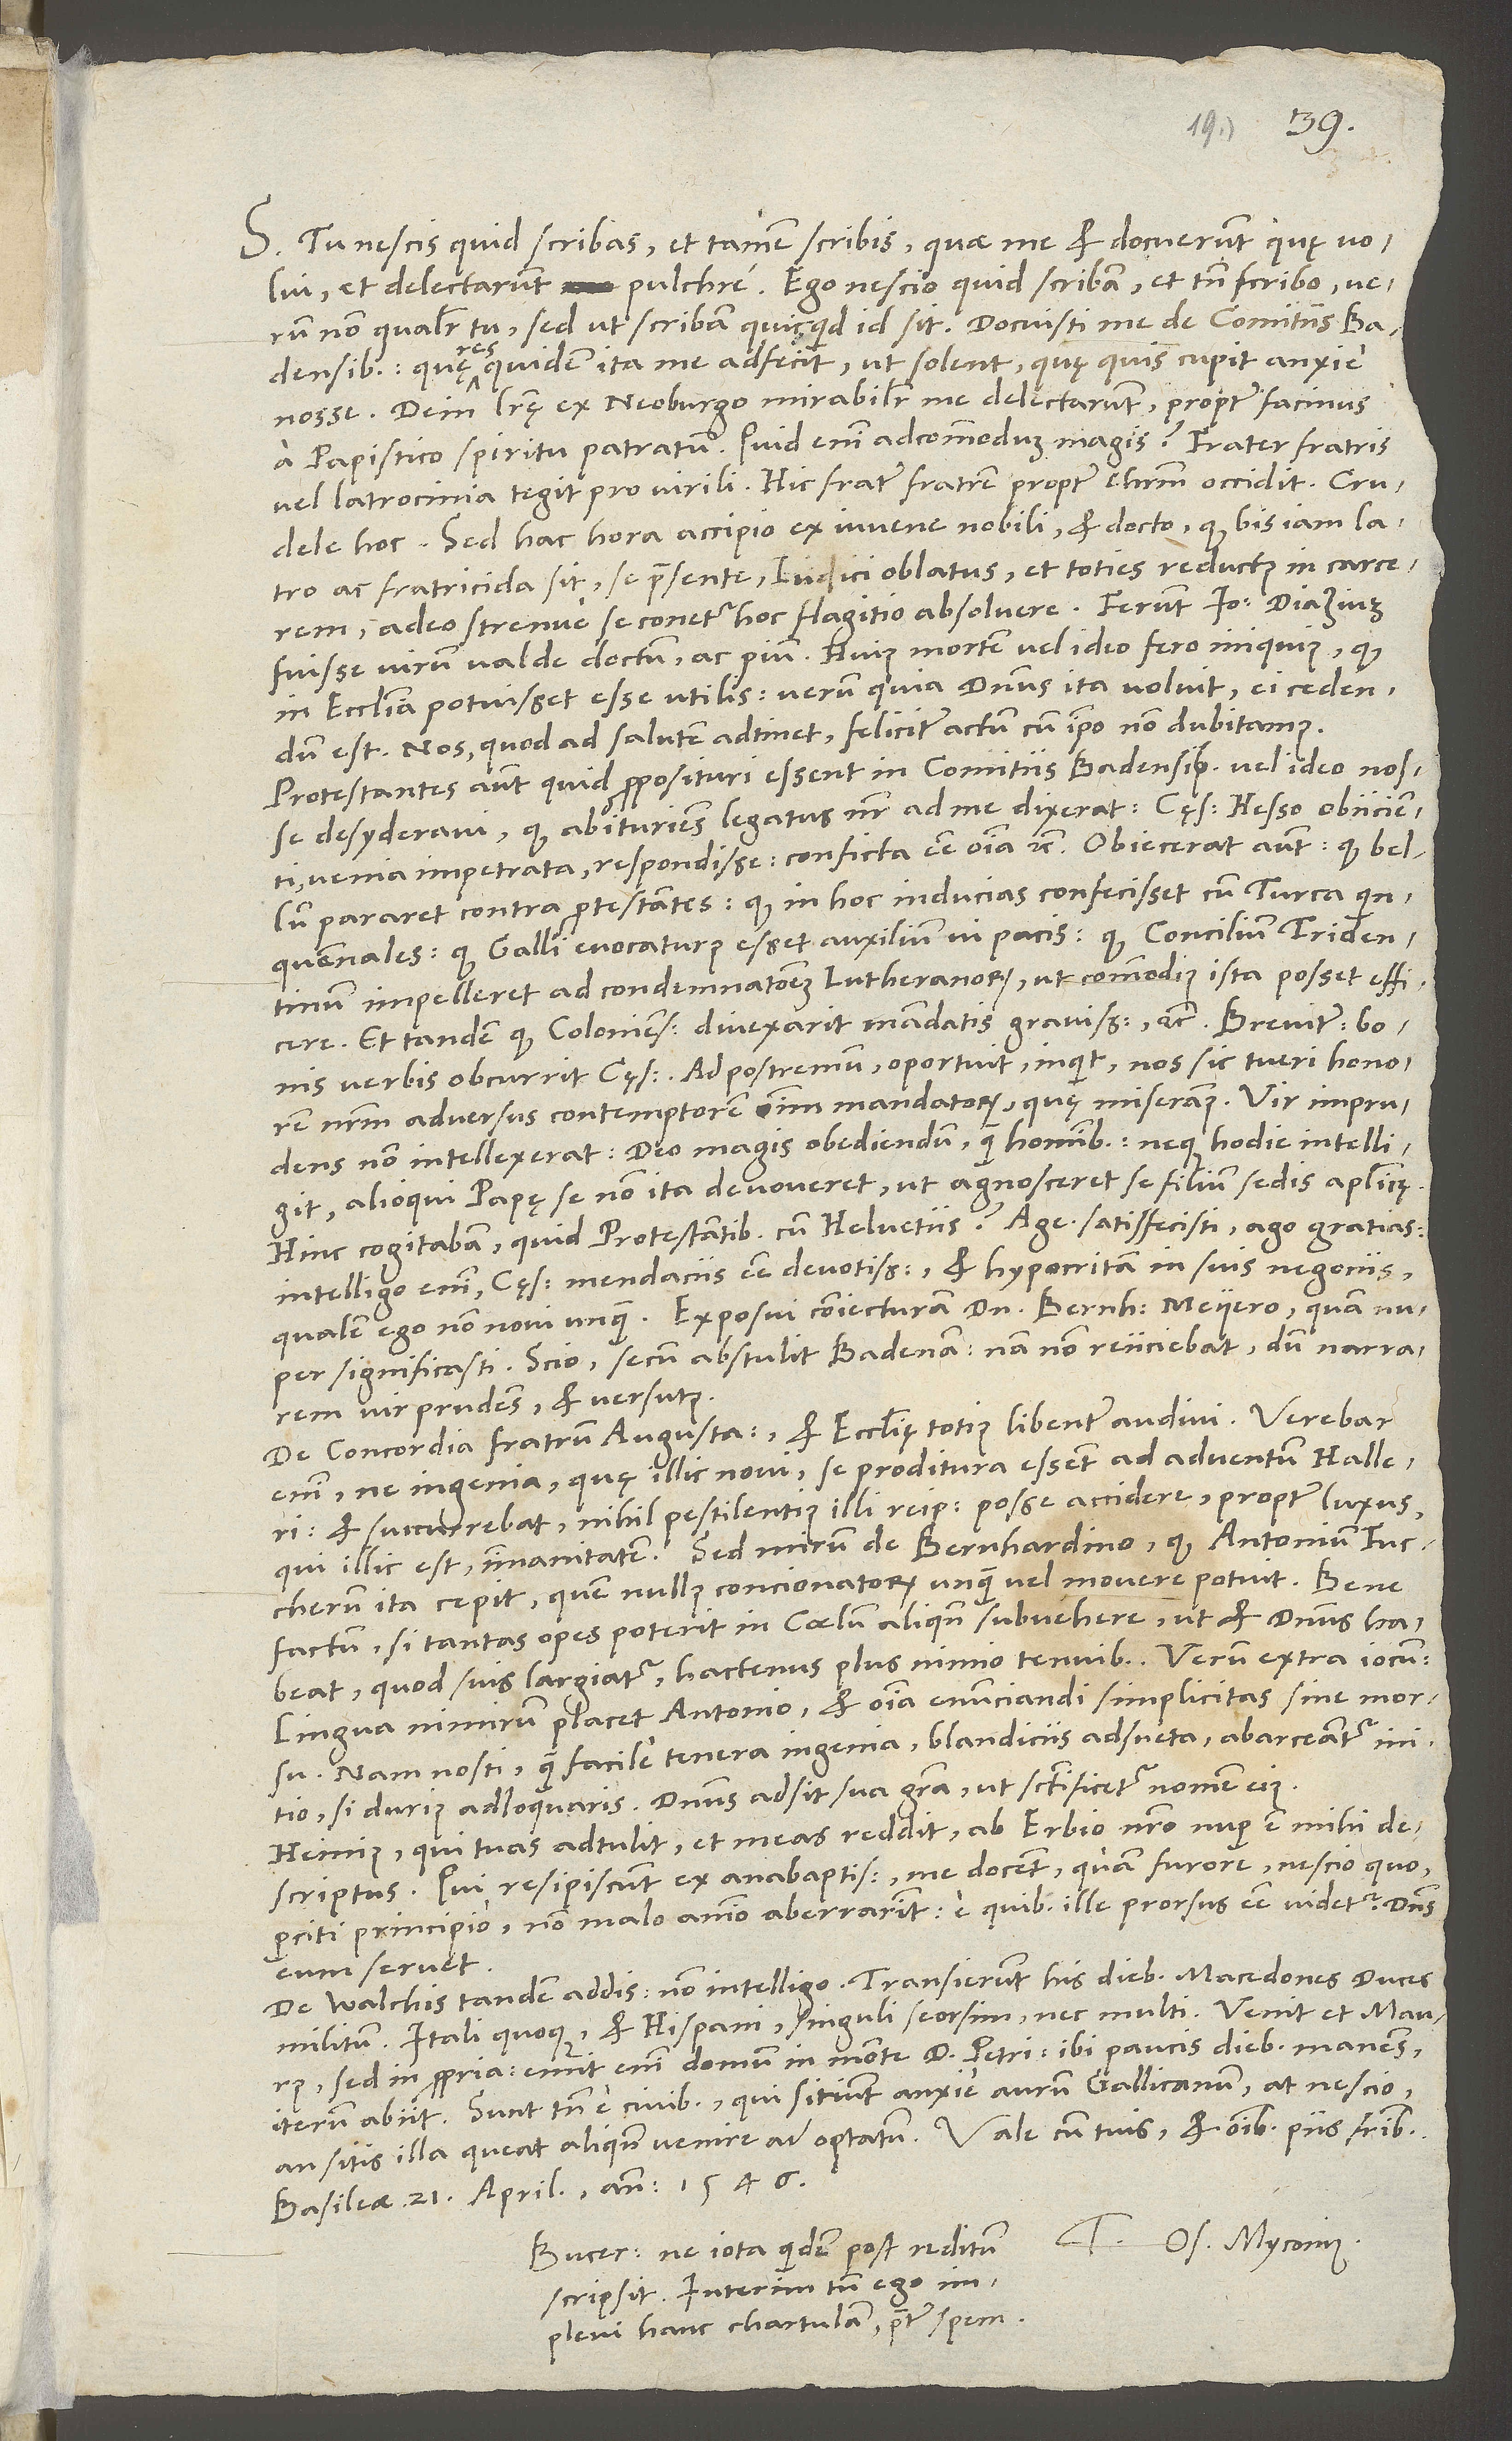
S. Tu nescis, quid scribas, et tamen scribis, quae me et docuerunt, quę volui,
et delectarunt pulchre. Ego nescio, quid scribam, et tamen scribo, verum
Badensibus, quę res quidem ita me adfecit, ut solent, quę quis cupit anxie
Dein literę ex Neoburgo mirabiliter me delectarunt propter facinus
a papistico spiritu patratum. Quid enim adcommodum magis? Frater fratris
vel latrocinia tegit pro virili. Hic frater fratrem propter Christum occidit. Crudele
hoc! Sed hac hora accipio ex iuvene nobili et docto, quod bis iam latro
ac fratricida sit se praesente iudici oblatus, et toties reductus in carcerem,
adeo strenue se conetur hoc flagitio absolvere. Ferunt Ioannem Diazium
fuisse virum valde doctum ac pium. Huius mortem vel ideo fero iniquius, quod
in ecclesia potuisset esse utilis. Verum quia dominus ita voluit, ei cedendum
est. Nos, quod ad salutem adtinet, feliciter actum cum ipso non dubitamus.
Protestantes autem, quid proposituri essent in comitiis Badensibus vel ideo nosse
desyderavi, quod abituriens legatus noster ad me dixerat cęsarem Hesso obiicienti
venia impetrata respondisse conficta esse omnia, etc. Obiecerat autem, quod bellum
pararet contra protestantes; quod in hoc inducias confecisset cum Turca
quinquennales; quod Galli evocaturus esset auxilium vi pacis; quod concilium Tridentinum
impelleret ad condemnationem Lutheranorum, ut commodius ista posset efficere;
et tandem quod Coloniensem divexarit mandatis gravissimis, etc. Breviter bonis
verbis obcurrit cęsar. Ad postremum oportuit, inquit, nos sic tueri honorem
nostrum adversus contemptorem omnium mandatorum, quę miseramus.
non intellexerat deo magis obediendum quam hominibus, neque hodie intelligit,
alioqui papę se non ita devoveret, ut agnosceret se filium sedis apostolicę.
Intelligo enim cęsarem mendaciis esse devotissimum et hypocritam in suis negociis,
significasti. Scio, secum abstulit Badenam; nam non reiiciebat, dum narrarem,
vir prudens et versutus.
De concordia fratrum Augustanorum et ecclesię totius libenter audivi. Verebar
enim, ne ingenia, quę illic novi, se proditura essent ad adventum Halleri.
Et succurrebat nihil pestilentius illi reipublicae posse accidere, propter luxus,
qui illic est, immanitatem. Sed mirum de Bernhardino, quod Antonium Fuccherum
ita cepit, quem nullus concionatorum unquam vel movere potuit. Bene
factum, si tantas opes poterit in coelum aliquando subvehere, ut et dominus habeat,
quod suis largiatur, hactenus plus nimio tenuibus! Verum extra iocum:
Lingua nimirum placet Antonio et omnia enunciandi simplicitas sine morsu.
Nam nosti, quam facile tenera ingenia, blandiciis adsueta, abarceantur
si durius adloquaris. Dominus adsit sua gratia, ut sanctificetur nomen eius.
Heinius, qui tuas adtulit et meas reddit, ab Erbio nostro nuper est mihi
descriptus. Qui resipiscunt ex anabaptismo, me docent, quam furore nescio quo
perciti principio non malo animo aberrarint; e quibus ille prorsus esse videtur. Dominus
eum servet.
De Walchis tandem addis. Non intelligo. Transierunt his diebus Macedones, duces
militum, Itali quoque et Hispani, singuli seorsim, nec multi.
sed in propria. Emit enim domum in monte divi Petri. Ibi paucis diebus manens
iterum abiit. Sunt tamen e civibus, qui sitiunt anxie aurum Gallicanum, at nescio,
Basileae, 21. aprilis 1546.
Tuus Os. Myconius.
Bucerus ne iotam quidem post reditum
scripsit. Interim tamen ego
implevi hanc chartulam praeter spem.